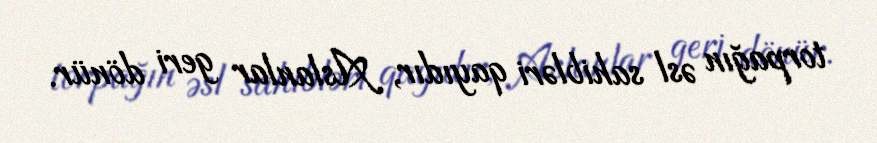
torpağın əsl sahibləri qayıdır, Aslanlar geri dönür.